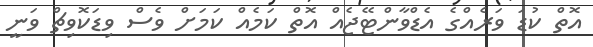
އޮތް ކުޑަ ވަރެއްގެ އެޑްވާންޓޭޖެއް އޮތް ކަމެއް ކަމަށް ވެސް ވިޑަކޮވިޗް ވަނީ